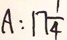
A : 1 7 \frac { 1 } { 4 }